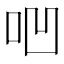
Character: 𠱃